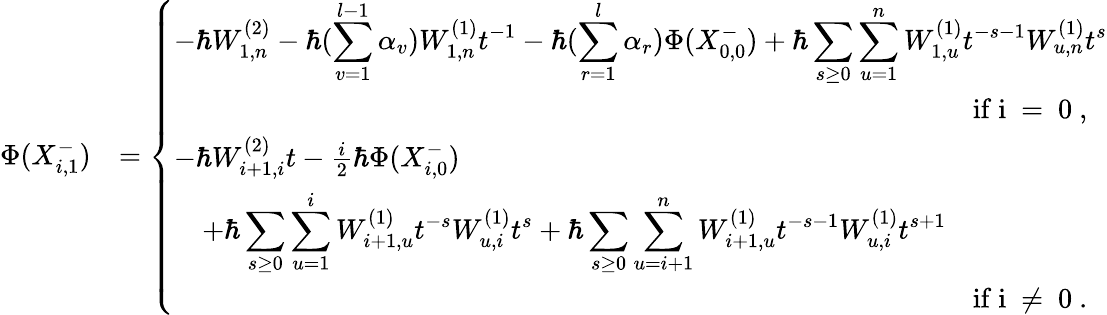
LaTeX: \begin{array}{rl}{\Phi(X_{i,1}^{-})}&{=\left\{ \begin{array}{ll}{-\hbar W_{1,n}^{(2)}-\hbar(\displaystyle\sum_{v=1}^{l-1}\alpha_{v})W_{1,n}^{(1)}t^{-1}-\hbar(\displaystyle\sum_{r=1}^{l}\alpha_{r})\Phi(X_{0,0}^{-})+\hbar\displaystyle\sum_{s\geq 0}\displaystyle\sum_{u=1}^{n}W_{1,u}^{(1)}t^{-s-1}W_{u,n}^{(1)}t^{s}}\\ {\qquad\qquad\qquad\qquad\qquad\qquad\qquad\qquad\qquad\qquad\qquad\qquad\qquad\qquad\mathrm{~if~i~=~0~},}\\ {-\hbar W_{i+1,i}^{(2)}t-\frac{i}{2}\hbar\Phi(X_{i,0}^{-})}\\ {\quad+\hbar\displaystyle\sum_{s\geq 0}\displaystyle\sum_{u=1}^{i}W_{i+1,u}^{(1)}t^{-s}W_{u,i}^{(1)}t^{s}+\hbar\displaystyle\sum_{s\geq 0}\displaystyle\sum_{u=i+1}^{n}W_{i+1,u}^{(1)}t^{-s-1}W_{u,i}^{(1)}t^{s+1}}\\ {\qquad\qquad\qquad\qquad\qquad\qquad\qquad\qquad\qquad\qquad\qquad\qquad\qquad\qquad\mathrm{~if~i~\neq~0~}.}\end{array}\right.}\end{array}